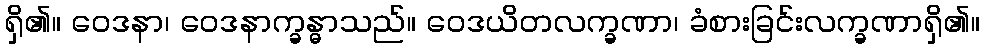
ရှိ၏။ ဝေဒနာ၊ ဝေဒနာက္ခန္ဓာသည်။ ဝေဒယိတလက္ခဏာ၊ ခံစားခြင်းလက္ခဏာရှိ၏။